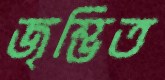
জৃম্ভিত